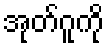
အုတ်ဂူကို